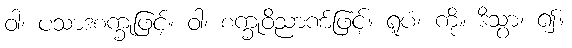
ဝါ၊ ပသာဒစက္ခုဖြင့်။ ဝါ၊ စက္ခုဝိညာဏ်ဖြင့်။ ရူပံ၊ ကို။ ဒိသွာ၊ ၍။